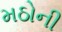
મઠોની